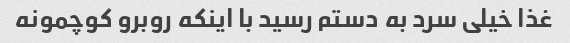
غذا خیلی سرد به دستم رسید با اینکه روبرو کوچمونه